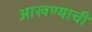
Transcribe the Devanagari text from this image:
आखण्याची